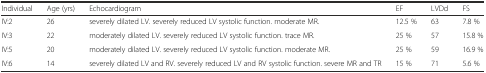
<table><thead><tr><td><b>Individual</b></td><td><b>Age (yrs)</b></td><td><b>Echocardiogram</b></td><td><b>EF</b></td><td><b>LVDd</b></td><td><b>FS</b></td></tr></thead><tbody><tr><td>IV:2</td><td>26</td><td>severely dilated LV. severely reduced LV systolic function. moderate MR.</td><td>12.5 %</td><td>63</td><td>7.8 %</td></tr><tr><td>IV:3</td><td>22</td><td>moderately dilated LV. severely reduced LV systolic function. trace MR.</td><td>25 %</td><td>57</td><td>15.8 %</td></tr><tr><td>IV:5</td><td>20</td><td>moderately dilated LV. severely reduced LV systolic function. moderate MR.</td><td>25 %</td><td>59</td><td>16.9 %</td></tr><tr><td>IV:6</td><td>14</td><td>severely dilated LV and RV. severely reduced LV and RV systolic function. severe MR and TR</td><td>15 %</td><td>71</td><td>5.6 %</td></tr></tbody></table>